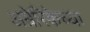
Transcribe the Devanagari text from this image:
अम्रेरिकेच्या